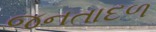
જનતાદળ